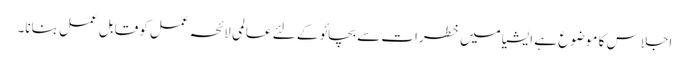
اجلاس کا موضوع ہے ایشیا میں خطرات سے بچائو کے لئے عالمی لائحہ عمل کو قابل عمل بنانا۔